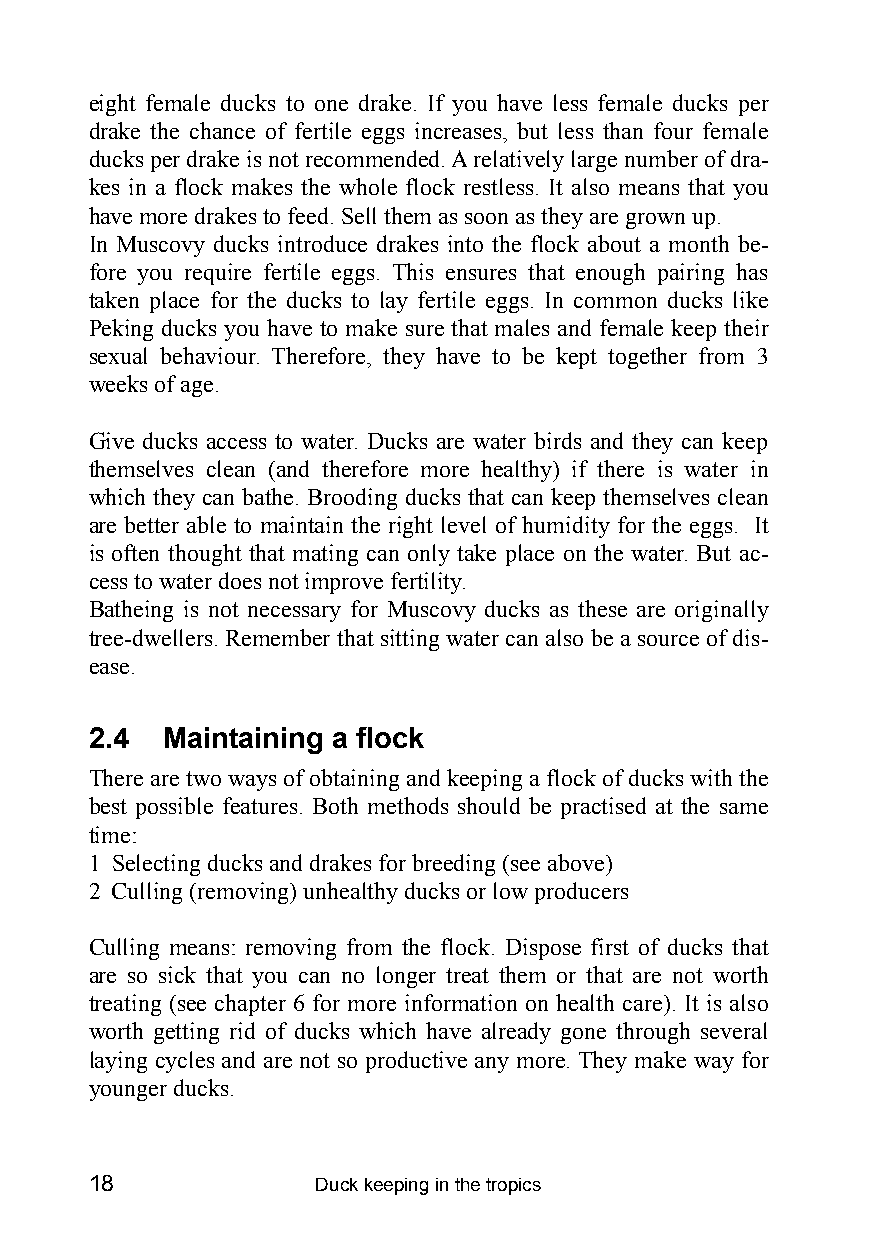
eight female ducks to one drake. If you have less female ducks per
 drake the chance of fertile eggs increases, but less than four female
 ducks per drake is not recommended. A relatively large number of dra-
 kes in a flock makes the whole flock restless. It also means that you
 have more drakes to feed. Sell them as soon as they are grown up.
 In Muscovy ducks introduce drakes into the flock about a month be-
 fore you require fertile eggs. This ensures that enough pairing has
 taken place for the ducks to lay fertile eggs. In common ducks like
 Peking ducks you have to make sure that males and female keep their
 sexual behaviour. Therefore, they have to be kept together from 3
 weeks of age.
 Give ducks access to water. Ducks are water birds and they can keep
 themselves clean (and therefore more healthy) if there is water in
 which they can bathe. Brooding ducks that can keep themselves clean
 are better able to maintain the right level of humidity for the eggs. It
 is often thought that mating can only take place on the water. But ac-
 cess to water does not improve fertility.
 Batheing is not necessary for Muscovy ducks as these are originally
 tree-dwellers. Remember that sitting water can also be a source of dis-
 ease.
 2.4  Maintaining a flock
 There are two ways of obtaining and keeping a flock of ducks with the
 best possible features. Both methods should be practised at the same
 time:
 1 Selecting ducks and drakes for breeding (see above)
 2 Culling (removing) unhealthy ducks or low producers
 Culling means: removing from the flock. Dispose first of ducks that
 are so sick that you can no longer treat them or that are not worth
 treating (see chapter 6 for more information on health care). It is also
 worth getting rid of ducks which have already gone through several
 laying cycles and are not so productive any more. They make way for
 younger ducks.
 18             Duck keeping in the tropics